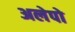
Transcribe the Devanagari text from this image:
अलेपो